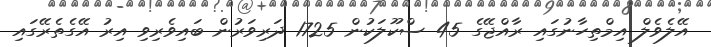
އޭލެވެލް އިމްތިހާނުގައި ރާއްޖޭގެ 45 ސްކޫލަކުން 1725 ދަރިވަރުން ބައިވެރިވި އިރު އޭގެތެރޭގައި